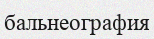
бальнеография